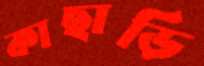
কাছাড়ি